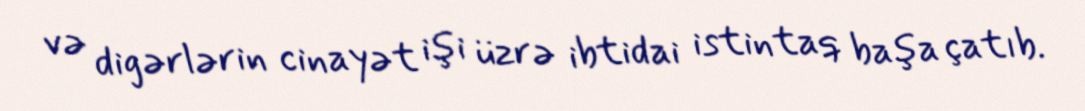
və digərlərin cinayət işi üzrə ibtidai istintaq başa çatıb.